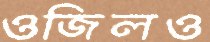
ওজিলও